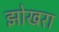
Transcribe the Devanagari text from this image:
झोखरा